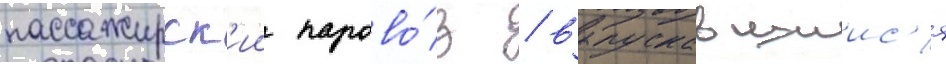
пассажирск'ии парово́з / выпускавшиис'я